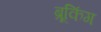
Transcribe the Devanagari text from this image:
ब्रूकिंग